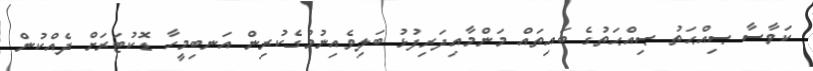
ކަވާސާ ޞިއްޙަތު ޞިއްޙަތުގެ ބައިތައް މަންމާއިދަރިފުޅު ބަލިވެއިނުމުގެކުރިން އަނބިމީހާ ޑޮކުޓަރަށް ދެއްކުން